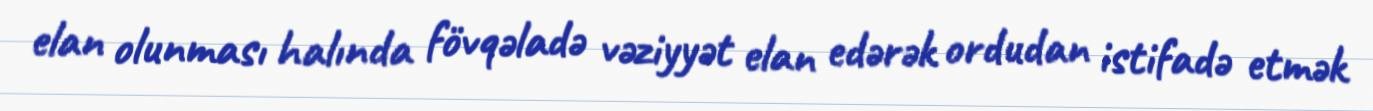
elan olunması halında fövqəladə vəziyyət elan edərək ordudan istifadə etmək